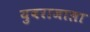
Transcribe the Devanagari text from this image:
युवराजाला